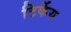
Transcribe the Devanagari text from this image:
टिर्केय